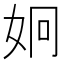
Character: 𭑳